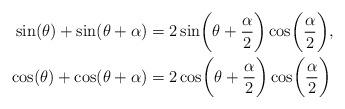
LaTeX: \begin{align*}\sin(\theta)+\sin(\theta+\alpha) &=2\sin\biggl(\theta+\frac{\alpha}{2}\biggr)\cos \biggl(\frac{\alpha}{2}\biggr),\\\cos(\theta)+\cos(\theta+\alpha) &=2\cos\biggl(\theta+\frac{\alpha}{2}\biggr)\cos \biggl(\frac{\alpha}{2}\biggr)\end{align*}